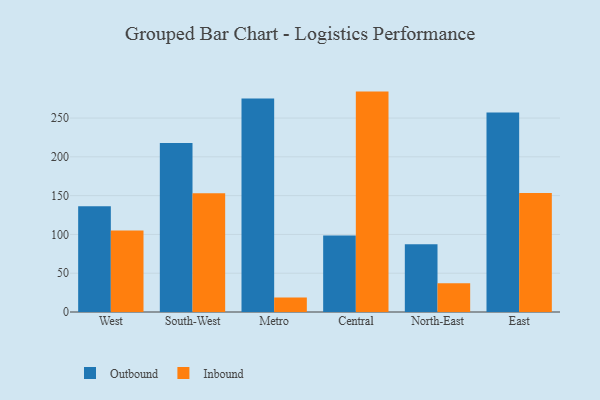
{"axis": {"x": "Region", "y": "Demand Index"}, "legend": ["Inbound", "Outbound"], "data": [{"x": "West", "y": 136.4, "type": "Outbound"}, {"x": "West", "y": 104.9, "type": "Inbound"}, {"x": "South-West", "y": 218.0, "type": "Outbound"}, {"x": "South-West", "y": 153.1, "type": "Inbound"}, {"x": "Metro", "y": 275.3, "type": "Outbound"}, {"x": "Metro", "y": 18.6, "type": "Inbound"}, {"x": "Central", "y": 98.5, "type": "Outbound"}, {"x": "Central", "y": 284.1, "type": "Inbound"}, {"x": "North-East", "y": 87.4, "type": "Outbound"}, {"x": "North-East", "y": 37.2, "type": "Inbound"}, {"x": "East", "y": 257.2, "type": "Outbound"}, {"x": "East", "y": 153.5, "type": "Inbound"}]}